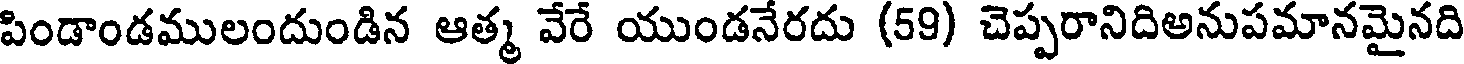
పిండాండములందుండిన ఆత్మ వేరే యుండనేరదు (59) చెప్పరానిదిఅనుపమానమైనది